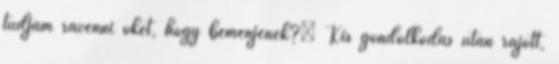
tudjam rávenni őket, hogy bemenjenek?” Kis gondolkodás után rájött,